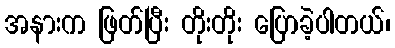
အနားက ဖြတ်ပြီး တိုးတိုး ပြောခဲ့ပါတယ်၊